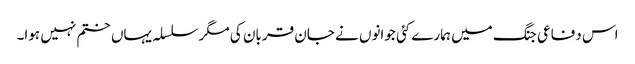
اس دفاعی جنگ میں ہمارے کئی جوانوں نے جان قربان کی مگر سلسلہ یہاں ختم نہیں ہوا۔